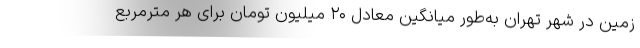
زمین در شهر تهران به‌طور میانگین معادل ۲۰ میلیون تومان برای هر مترمربع